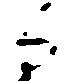
而